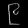
Digit: ၉